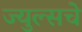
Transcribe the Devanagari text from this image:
ज्युल्सचे